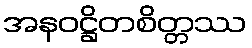
အနဝဋ္ဌိတစိတ္တဿ